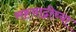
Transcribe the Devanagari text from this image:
सह्य़ाद्रीच्या